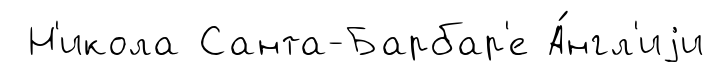
Н'икола Санта-Барбар'е А́нгл'иjи